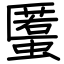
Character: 𧏾